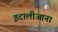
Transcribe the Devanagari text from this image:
इटालीआना